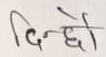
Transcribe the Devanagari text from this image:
दिन्छौ